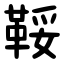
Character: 鞖